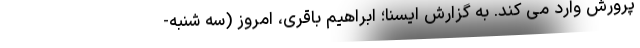
پرورش وارد می کند. به گزارش ایسنا؛ ابراهیم باقری، امروز (سه شنبه-